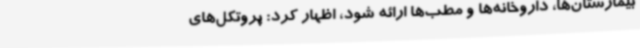
بیمارستان‌ها، داروخانه‌ها و مطب‌ها ارائه شود، اظهار کرد: پروتکل‌های